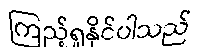
ကြည့်ရှုနိုင်ပါသည်